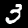
Label: 3